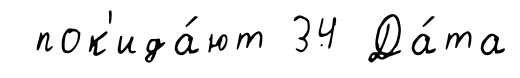
пок'ида́ют 34 Да́та